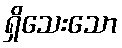
ရှိသေးသော